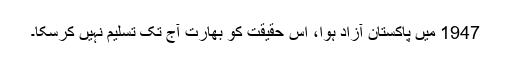
1947 میں پاکستان آزاد ہوا، اس حقیقت کو بھارت آج تک تسلیم نہیں کرسکا۔